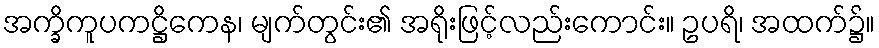
အက္ခိကူပကဋ္ဌိကေန၊ မျက်တွင်း၏ အရိုးဖြင့်လည်းကောင်း။ ဥပရိ၊ အထက်၌။